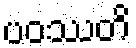
ပဝဿတိ